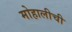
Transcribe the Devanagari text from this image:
मोहालीची